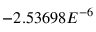
- 2 . 5 3 6 9 8 E ^ { - 6 }